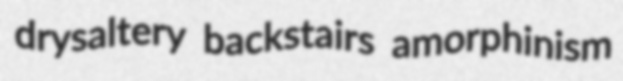
drysaltery backstairs amorphinism